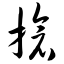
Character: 抢